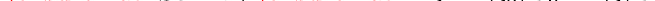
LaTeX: \smash{\ensuremath{\mathrm{Sc}}\equiv\nu/\ensuremath{D_{s}}=\gamma_{s0}/\upsilon_{0}=\gamma_{s}/\upsilon}